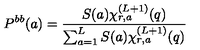
P ^ { b b } ( a ) = \frac { S ( a ) \chi _ { r , a } ^ { ( L + 1 ) } ( q ) } { \sum _ { a = 1 } ^ { L } S ( a ) \chi _ { r , a } ^ { ( L + 1 ) } ( q ) }